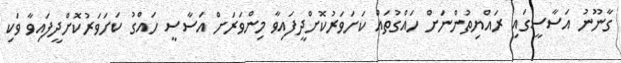
ގާނޫނު އަސާސީގައި ރައްޔިތުންނަށް ހައްގުތައް ކަށަވަރުކޮށްދީފައިވާ މިންވަރަށް އަސާސީ ހައްގު ކަށަވަރުކޮށްދީފައިވާ ވަކި